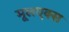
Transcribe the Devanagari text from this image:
मूलएक्स